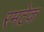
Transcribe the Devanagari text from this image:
रमटेक